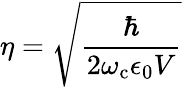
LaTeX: \eta=\sqrt{\frac{\hbar}{2\omega_{\mathrm{c}}\epsilon_{0}V}}